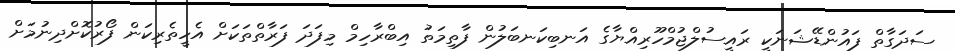
ސަދަގާތް ފައުންޑޭޝަނަކީ ރައީސުލްޖުމްހޫރިއްޔާގެ އަނބިކަނބަލުން ފާތިމަތު އިބްރާހިމް މިފަދަ ފަރާތްތަކަށް އެހީތެރިކަން ފޯރުކޮށްދިނުމަށް